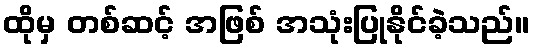
ထိုမှ တစ်ဆင့် အဖြစ် အသုံးပြုနိုင်ခဲ့သည်။